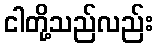
ငါတို့သည်လည်း